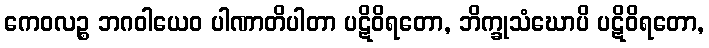
ကေဝလဉ္စ ဘဂဝါယေဝ ပါဏာတိပါတာ ပဋိဝိရတော, ဘိက္ခုသံဃောပိ ပဋိဝိရတော,